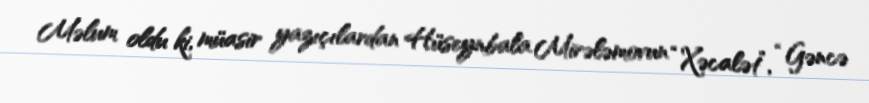
Məlum oldu ki, müasir yazıçılardan Hüseynbala Mirələmovun “Xəcalət”, “Gəncə